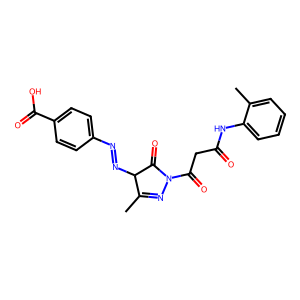
SMILES: CC1=NN(C(=O)CC(=O)Nc2ccccc2C)C(=O)C1N=Nc1ccc(C(=O)O)cc1
Inhibits HIV replication: No